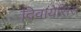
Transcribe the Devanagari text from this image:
दिवायेसिस